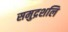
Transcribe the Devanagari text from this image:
समुद्रशलि